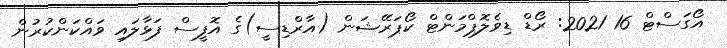
އޯގަސްޓް 16 2021: ރޯޑް ޑިވެލޮޕްމަންޓް ކޯޕަރޭޝަން (އާރްޑިސީ)ގެ އޮފީސް ފަޅާލައި ވައްކަންކުުރުން